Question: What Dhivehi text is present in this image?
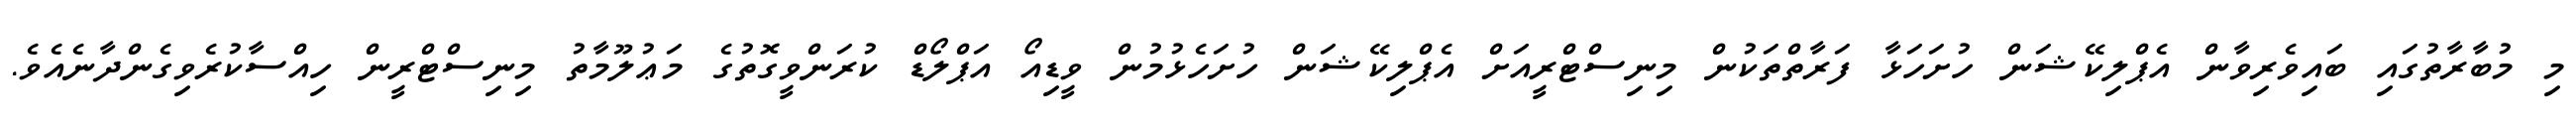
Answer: މި މުބާރާތުގައި ބައިވެރިވާން އެޕްލިކޭޝަން ހުށަހަޅާ ފަރާތްތަކުން މިނިސްޓްރީއަށް އެޕްލިކޭޝަން ހުށަހެޅުމުން ވީޑިއޯ އަޕްލޯޑް ކުރަންވީގޮތުގެ މަޢުލޫމާތު މިނިސްޓްރީން ހިއްސާކުރެވިގެންދާނެއެވެ.